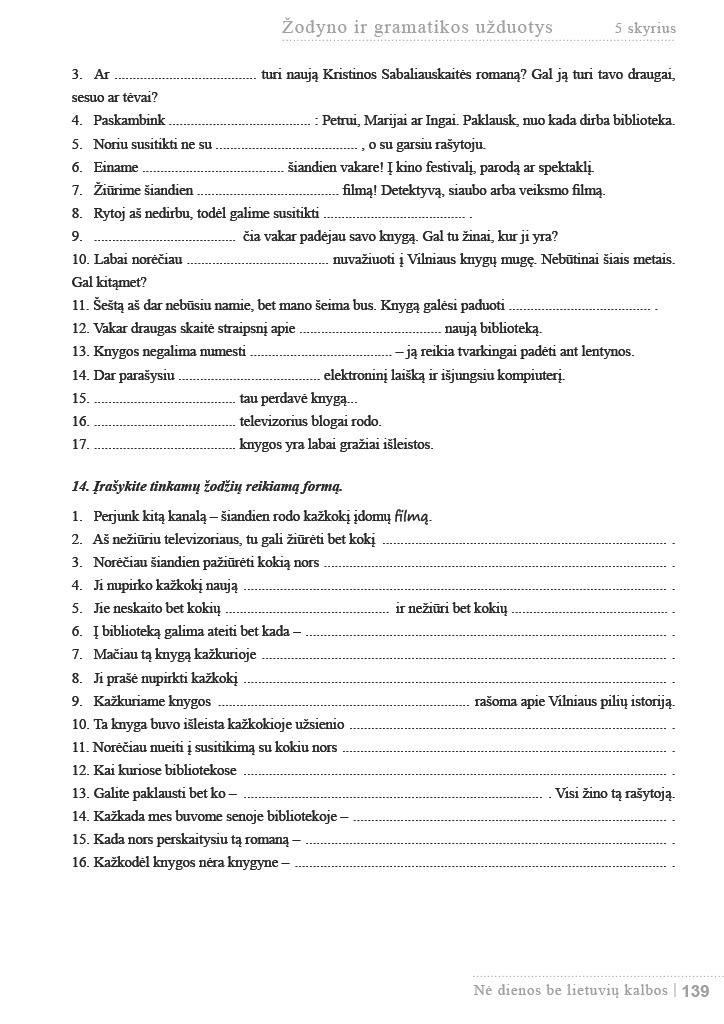
Language: lt